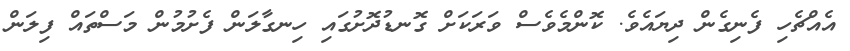
އެއްޗެހި ފެނިގެން ދިޔައެވެ. ކޮންމެވެސް ވަރަކަށް ގޮނޑުދޮށުގައި ހިނގާލަން ފެށުމުން މަސްތައް ފިލަން